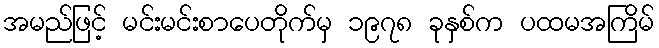
အမည်ဖြင့် မင်းမင်းစာပေတိုက်မှ ၁၉၇၈ ခုနှစ်က ပထမအကြိမ်